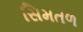
સિમતળ